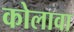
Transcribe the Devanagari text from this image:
कोलावा